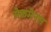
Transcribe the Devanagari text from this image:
मैकमैनस